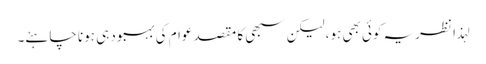
لہذا نظریہ کوئی بھی ہو، لیکن سبھی کا مقصد عوام کی بہبود ہی ہونا چاہئے۔